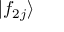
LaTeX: | f _ { 2 j } \rangle